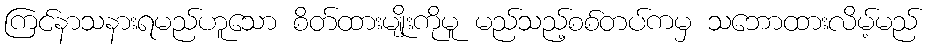
ကြင်နာသနားရမည်ဟူသော စိတ်ထားမျိုးကိုမူ မည်သည့်စစ်တပ်ကမှ သဘောထားလိမ့်မည်